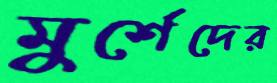
মুর্শেদের